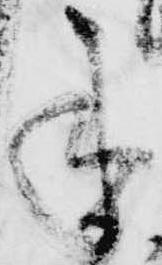
承